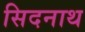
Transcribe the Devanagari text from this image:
सिदनाथ